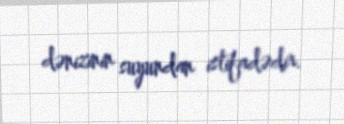
dənizinin suyundan istifadədir.